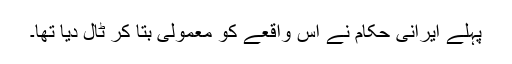
پہلے ایرانی حکام نے اس واقعے کو معمولی بتا کر ٹال دیا تھا۔